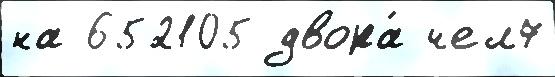
на 652105 двора́ чел7